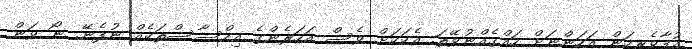
އުފާވެރިކަން އަހަންނަށް ހައްގެއްނުވޭތަ. އެކަކަށް ވެސް އަހަރެންގެ އިހްސާސްތަކެއް ނުފެނޭ. ނޯ ވަން